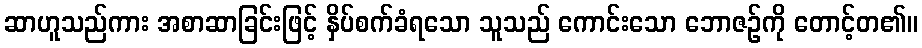
ဆာဟူသည်ကား အစာဆာခြင်းဖြင့် နှိပ်စက်ခံရသော သူသည် ကောင်းသော ဘောဇဉ်ကို တောင့်တ၏။